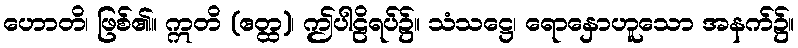
ဟောတိ၊ ဖြစ်၏။ ဣတိ (ဧတ္ထ)၊ ဤပါဠိရပ်၌။ သံသဋ္ဌေ၊ ရောနှောဟူသော အနက်၌။